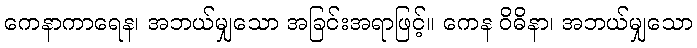
ကေနာကာရေန၊ အဘယ်မျှသော အခြင်းအရာဖြင့်။ ကေန ဝိဓိနာ၊ အဘယ်မျှသော